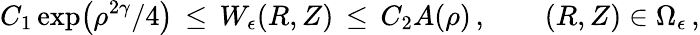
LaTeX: C_{1}\exp\bigl(\rho^{2\gamma}/4\bigr)\, \le\, W_{\epsilon}(R,Z)\, \le\, C_{2}A(\rho)\, ,\qquad(R,Z)\in\Omega_{\epsilon}\, ,